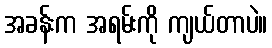
အခန်းက အရမ်းကို ကျယ်တာပဲ။